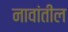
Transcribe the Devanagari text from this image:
नावांतील